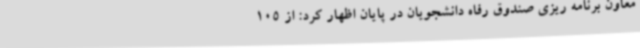
معاون برنامه ریزی صندوق رفاه دانشجویان در پایان اظهار کرد: از 105